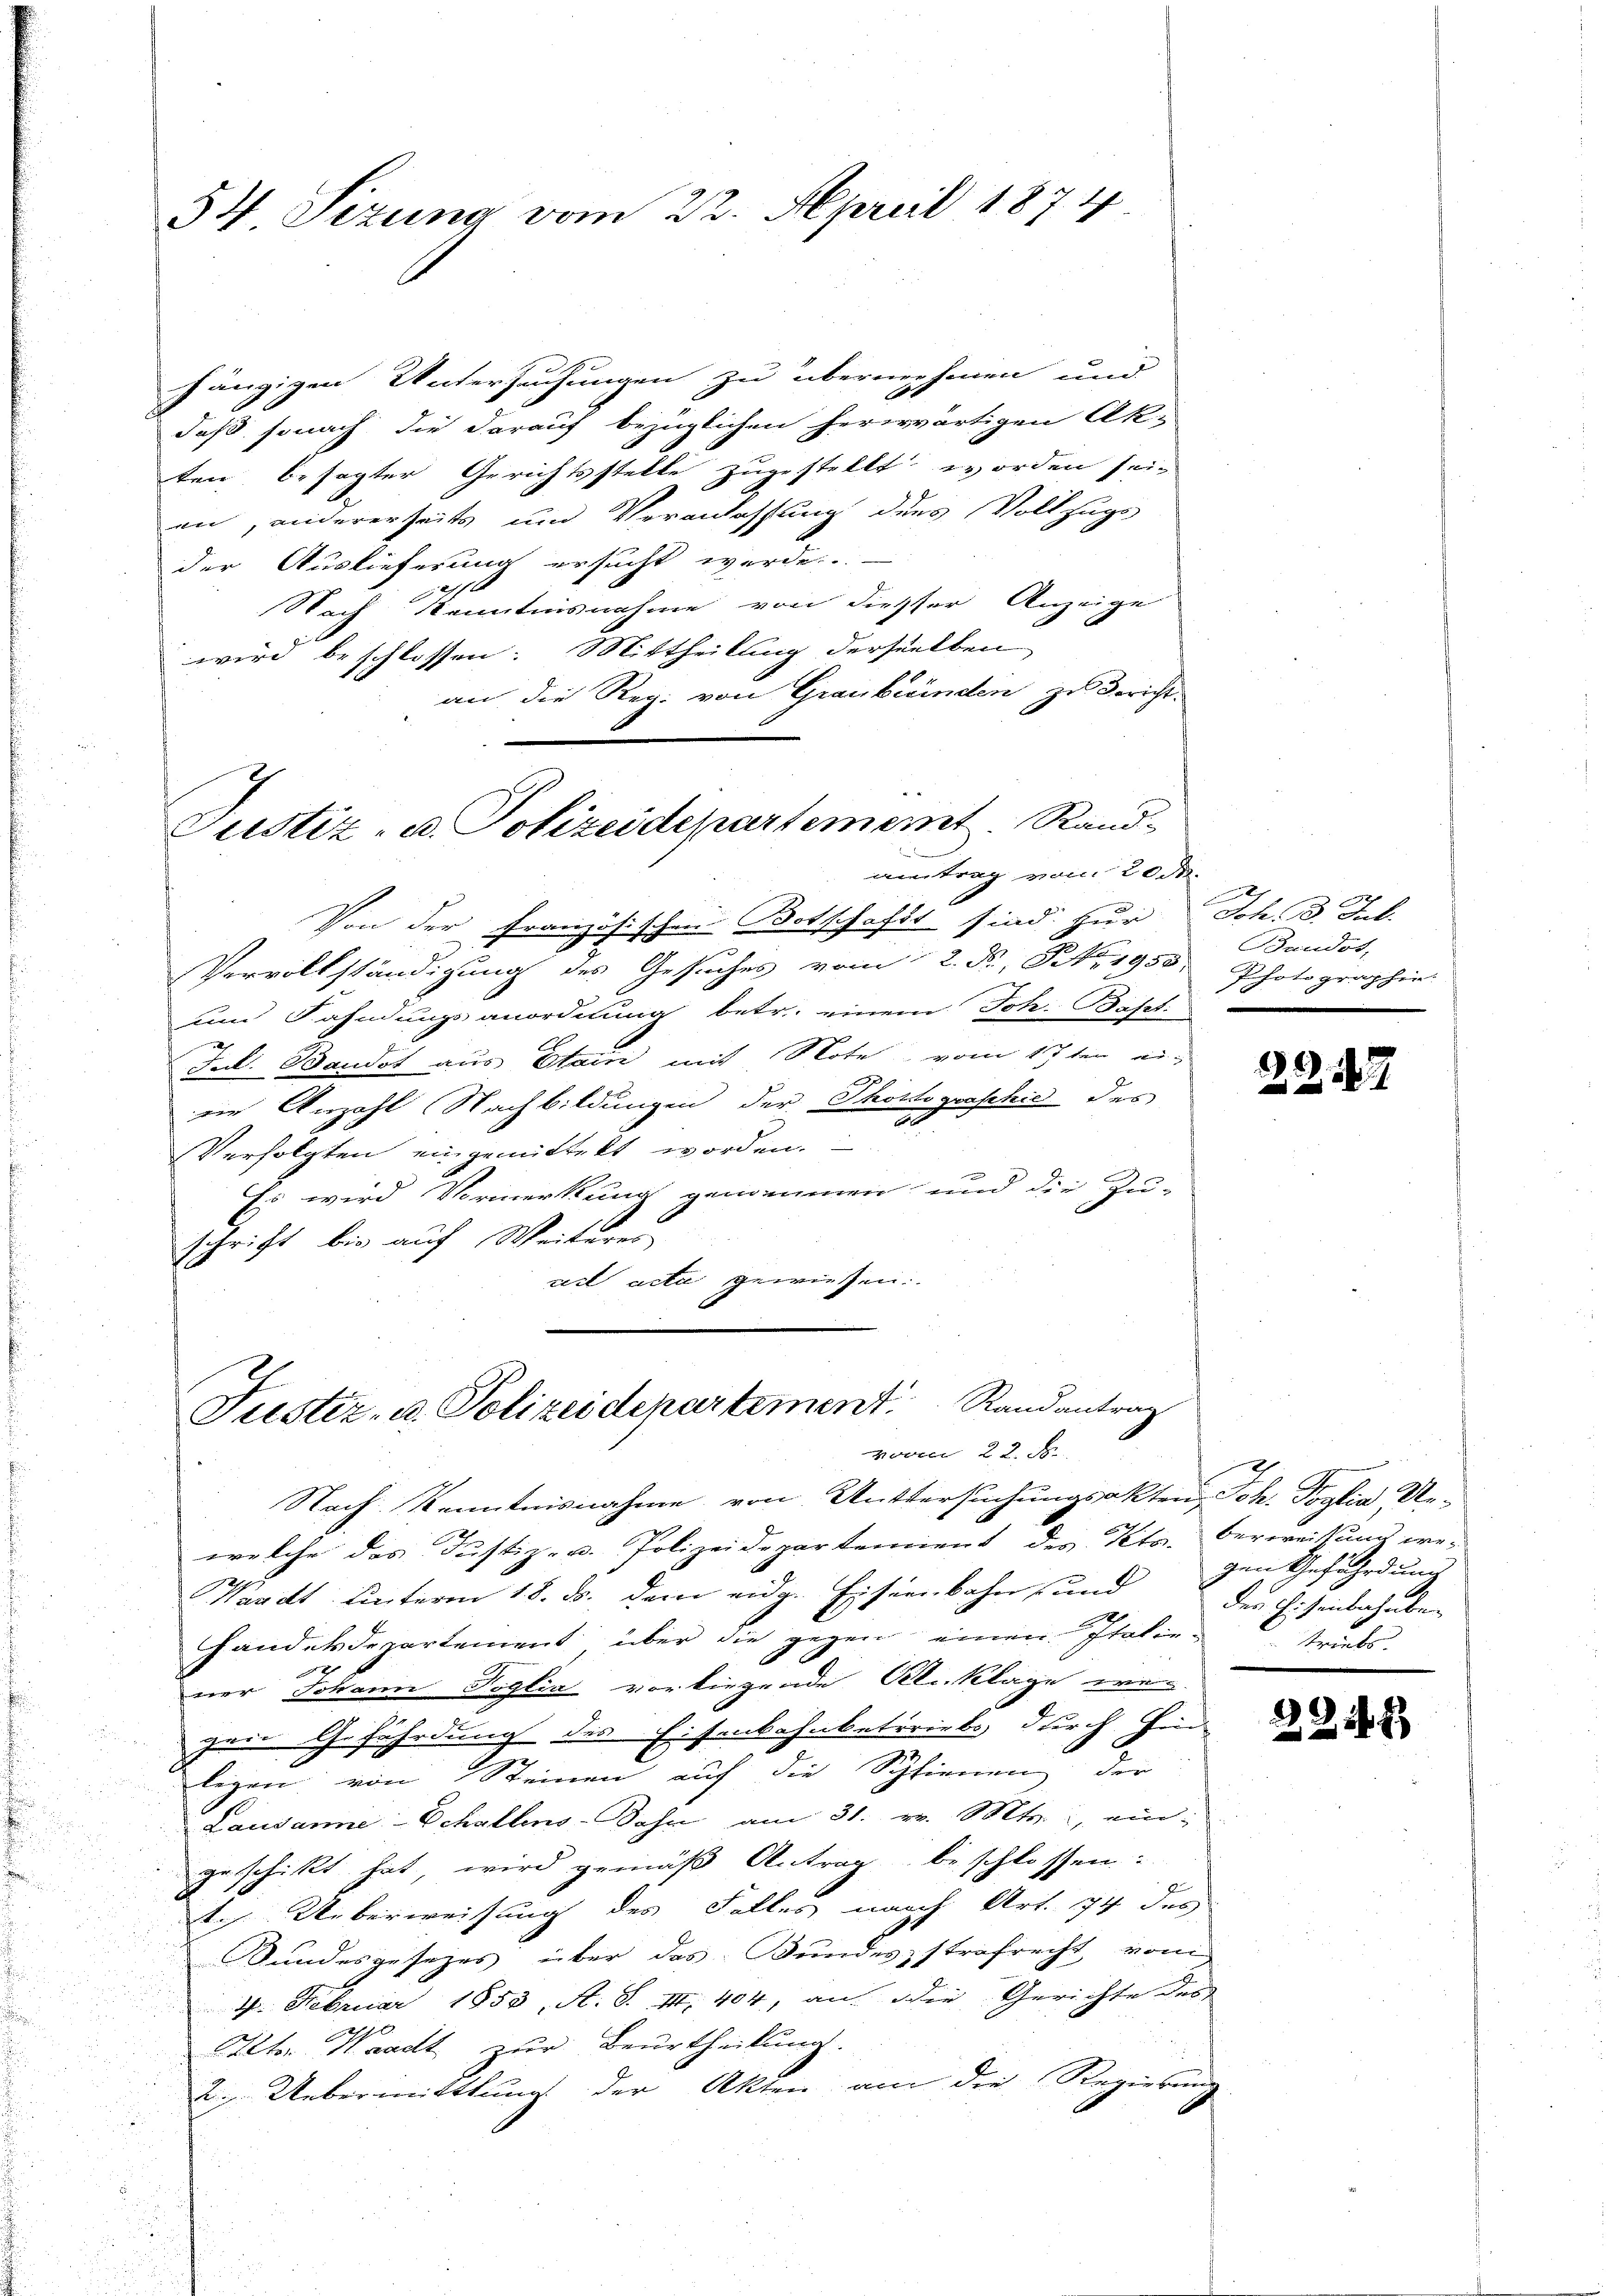
54. Sizung vom 22. April 1874

hängigen Untersuchungen zu übernehmen und
daß sonach die darauf bezüglichen herwärtigen Ok-
ten besagter Gerichtsstelle zugestellt worden sei,
an, andererseits und Veranlassung des Vollzugs
der Auslieferung ersucht werde.
Nach Kenntnisnahme von diesser Anzeige
wird beschlossen: Mittheilung derselben
an die Reg. von Graubünden zu Bericht
Justiz- u. Polizeidepartement. Rand

eintrag vom 20. d.

Von der Französischen Botschaft sind zur Joh. 3. Jul.
Vervollständigung des Gesuches vom 2. P. Nr. 1955
un Fahndungsanordnung betr. einem Joh. Bapt.
Jul. Bandot aus Etain mit Note vom 17ten ei
eie Anzahl Nachbildungen der Photograschie des
2
Verfolgten eingemittelt worden.
Es wird Vormerkung genommen und die Zu-
schrift bis auf Weiteres
ail acta gewiesen.

Justiz- u. Polizeidepartement Randantrag
voom 22. d

Baudos,
Photographie.

Nach Kenntnisnahme von Mittersuchungsakten, Joh. Poglia Ue-
welche das Justiz- u. Polizeideparterient des Petr. Verweisung we¬
Waadt hinterm 18. ds. dem eidg. Eisenbahn und der Eisenbahnber
Handelsdepartement über die gegen einen Italie-
ner Johann Piglia vorliegende Kl. Klage wer-
zere Gefährdung die Eisenbahnbetriebs durch Hin-
legen von Steinen auf die Schienen der
Lausanne Schallens-Sohn am 31. v. Mts., ein
geschikt hat, wird gemäß Antrag beschlossen:
E
t. Ueberweisung des Falles nach Art. 174 des
Bundesgesezes über das Bundesstrafrecht vom
4. Februar 1853, A. S. II. 404, an die Gerichte des
l
Ictor Waadt zur Beurtheilung.
2. Uebermittlung der Akten am die Regierung
.

¬
2

gen Gefährdung
triebs

2212